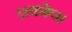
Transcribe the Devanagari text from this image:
प्रकोप।